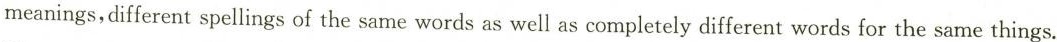
meanings,different spellings of the same words as well as completely different words for the same things.